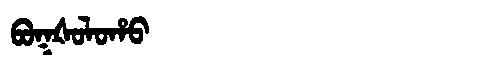
Manchu: ᠪᠣᡴᡧᠣᠯᠣᡥᠣ
Romanization: BOKŠOLOHO